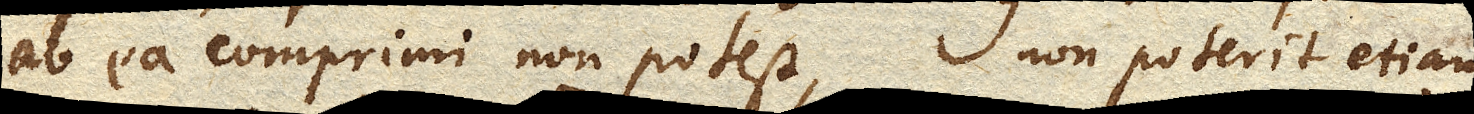
ab ea comprimi non potest, non poterit etiam